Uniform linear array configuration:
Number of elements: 64
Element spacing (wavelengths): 0.5
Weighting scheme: exponential
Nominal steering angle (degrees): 45
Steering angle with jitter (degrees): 44.995
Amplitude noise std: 0.05
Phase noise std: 0.05

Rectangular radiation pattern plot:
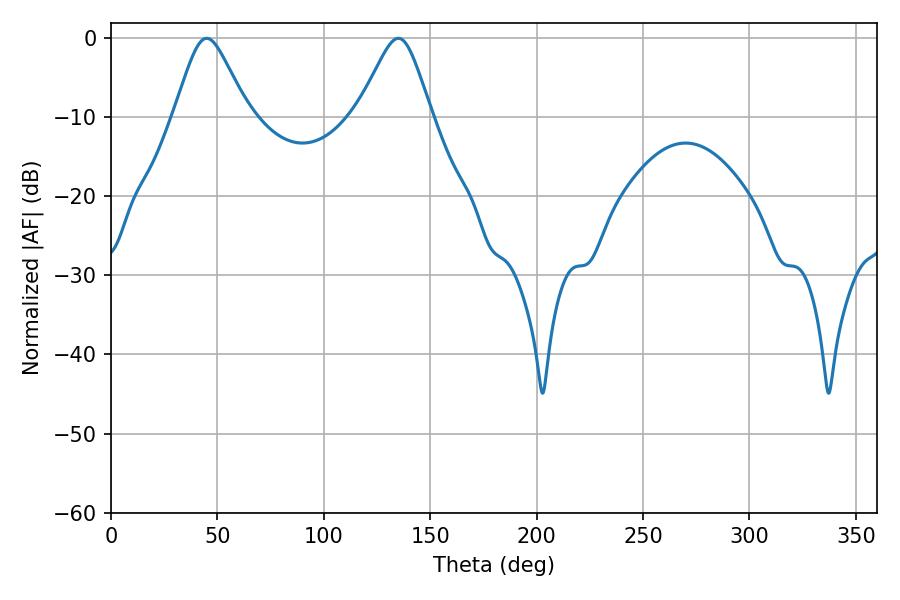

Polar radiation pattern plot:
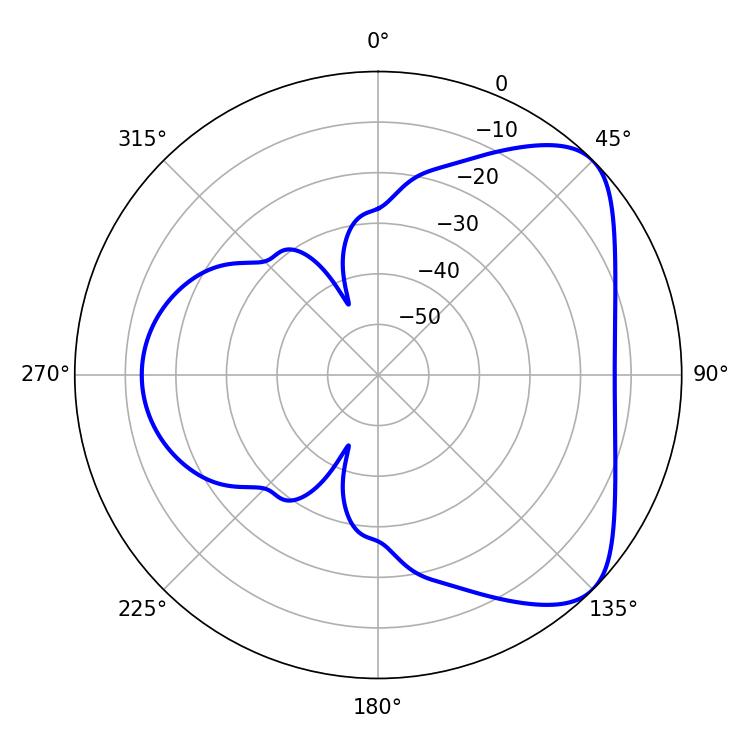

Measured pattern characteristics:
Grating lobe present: FALSE
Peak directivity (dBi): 5.981
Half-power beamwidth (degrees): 16.56
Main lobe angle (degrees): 45